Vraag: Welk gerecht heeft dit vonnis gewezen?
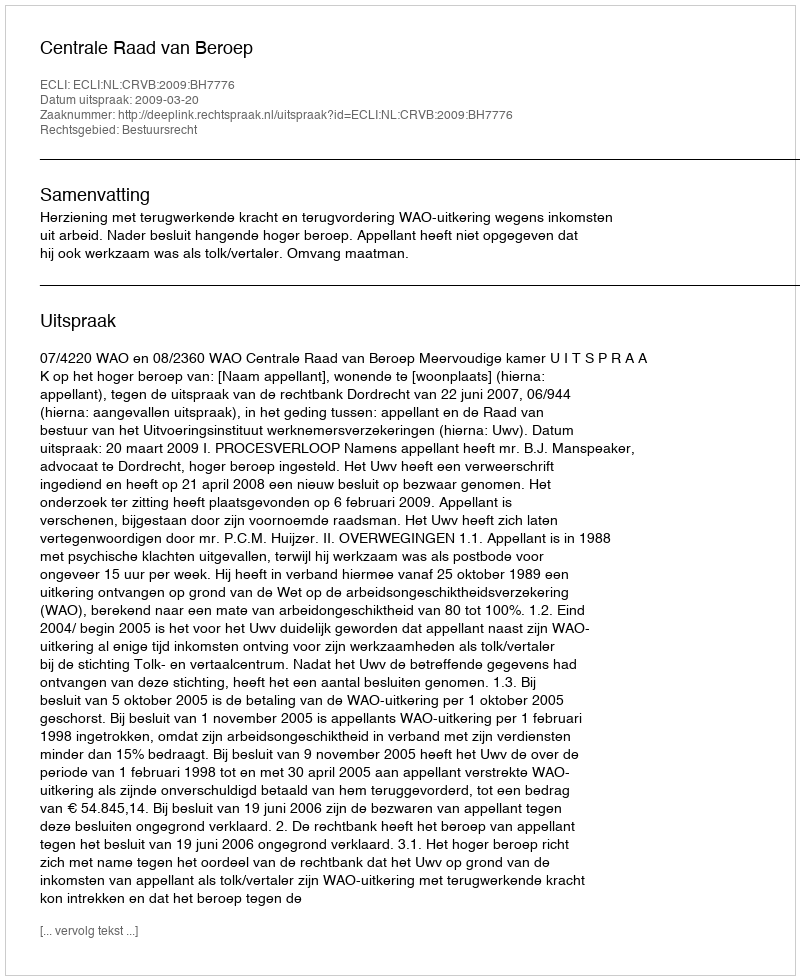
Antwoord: Centrale Raad van Beroep